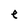
Character: e